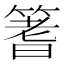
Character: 𫂓